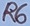
Text: R6